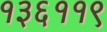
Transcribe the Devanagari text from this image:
१३६११९